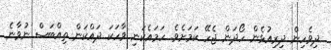
ދިވެހިން ދިރިއުޅެން ހޯދަން ޖެހޭ ކަމަށެވެ. ހަމައެކަނި ވާހަކަ ދައްކަން ތިއްބަސް ނުވާނެ